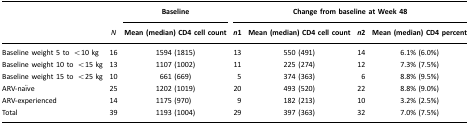
|  |  | Baseline | <COLSPAN=4> Change from baseline at Week 48 |
 |  | N | Mean (median) CD4 cell count | n1 | Mean (median) CD4 cell count | n2 | Mean (median) CD4 percent |
 | --- | --- | --- | --- | --- | --- | --- |
 | Baseline weight 5 to <10 kg | 16 | 1594 (1815) | 13 | 550 (491) | 14 | 6.1% (6.0%) |
 | Baseline weight 10 to <15 kg | 13 | 1107 (1002) | 11 | 225 (274) | 12 | 7.3% (7.5%) |
 | Baseline weight 15 to <25 kg | 10 | 661 (669) | 5 | 374 (363) | 6 | 8.8% (9.5%) |
 | ARV-naïve | 25 | 1202 (1019) | 20 | 493 (520) | 22 | 8.8% (9.0%) |
 | ARV-experienced | 14 | 1175 (970) | 9 | 182 (213) | 10 | 3.2% (2.5%) |
 | Total | 39 | 1193 (1004) | 29 | 397 (363) | 32 | 7.0% (7.5%) |